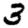
Digit: 3